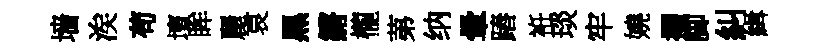
墙涘苟壇眸麗哀黒鏘櫳苐纳暈蹖袵琰牢嬈擢脚糾緝